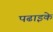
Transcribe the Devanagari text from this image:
पढाइके